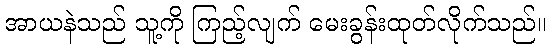
အာယနဲသည် သူ့ကို ကြည့်လျက် မေးခွန်းထုတ်လိုက်သည်။